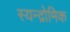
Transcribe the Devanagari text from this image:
स्यन्द्रोमिक